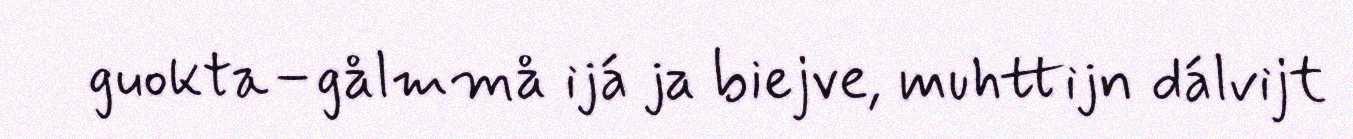
guokta–gålmmå ijá ja biejve, muhttijn dálvijt